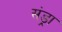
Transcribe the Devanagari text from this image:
संड्रा